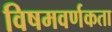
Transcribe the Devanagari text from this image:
विषमवर्णकता